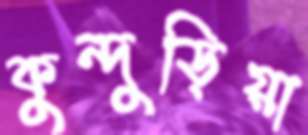
কুন্দুড়িয়া